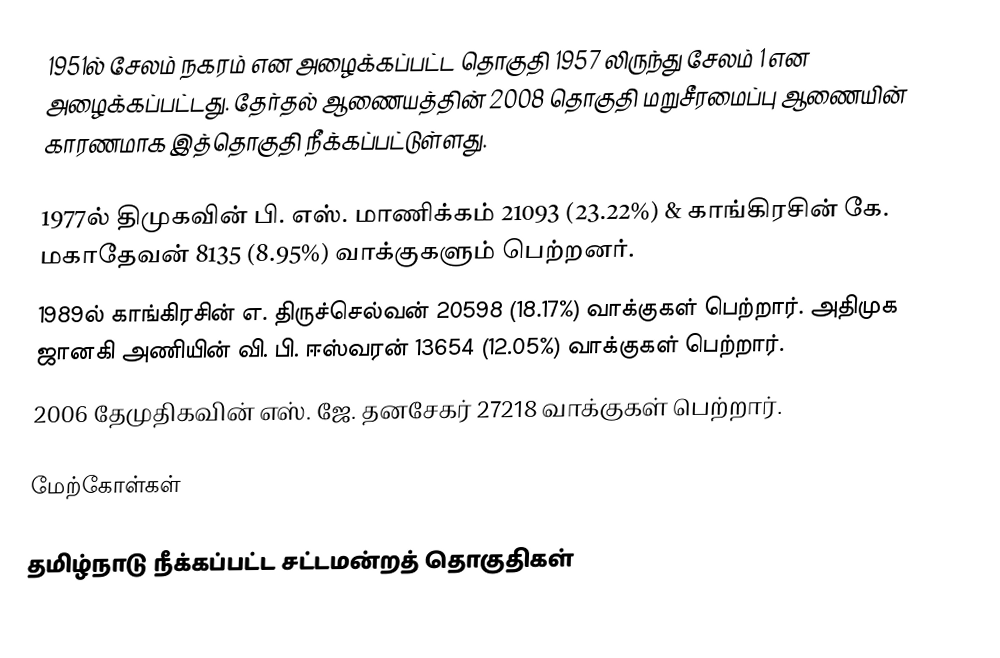
1951ல் சேலம் நகரம் என அழைக்கப்பட்ட தொகுதி 1957 லிருந்து சேலம் 1 என அழைக்கப்பட்டது. தேர்தல் ஆணையத்தின் 2008 தொகுதி மறுசீரமைப்பு ஆணையின் காரணமாக இத்தொகுதி நீக்கப்பட்டுள்ளது.

1977ல் திமுகவின் பி. எஸ். மாணிக்கம் 21093 (23.22%) & காங்கிரசின் கே. மகாதேவன் 8135 (8.95%) வாக்குகளும் பெற்றனர்.
1989ல் காங்கிரசின் எ. திருச்செல்வன் 20598 (18.17%) வாக்குகள் பெற்றார். அதிமுக ஜானகி அணியின் வி. பி. ஈஸ்வரன் 13654 (12.05%) வாக்குகள் பெற்றார்.
2006 தேமுதிகவின் எஸ். ஜே. தனசேகர் 27218 வாக்குகள் பெற்றார்.

மேற்கோள்கள்

தமிழ்நாடு நீக்கப்பட்ட சட்டமன்றத் தொகுதிகள்